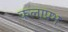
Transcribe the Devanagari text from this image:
कलाप्रभ